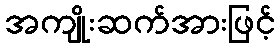
အကျိုးဆက်အားဖြင့်